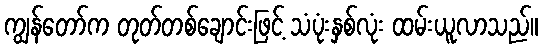
ကျွန်တော်က တုတ်တစ်ချောင်းဖြင့် သံပုံးနှစ်လုံး ထမ်းယူလာသည်။